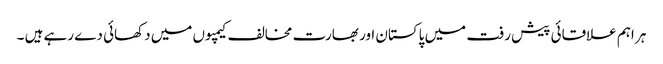
ہر اہم علاقائی پیش رفت میں پاکستان اور بھارت مخالف کیمپوں میں دکھائی دے رہے ہیں ۔